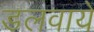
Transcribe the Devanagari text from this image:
डलवाये